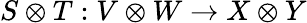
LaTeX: S\otimes T:V\otimes W\to X\otimes Y